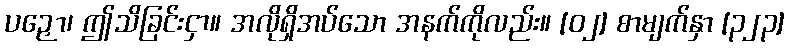
ပဉှော၊ ဤသိခြင်းငှာ။ အလိုရှိအပ်သော အနက်ကိုလည်း။ [၀၂] စာမျက်နှာ [၃၂၃]